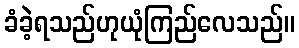
ခံခဲ့ရသည်ဟုယုံကြည်လေသည်။